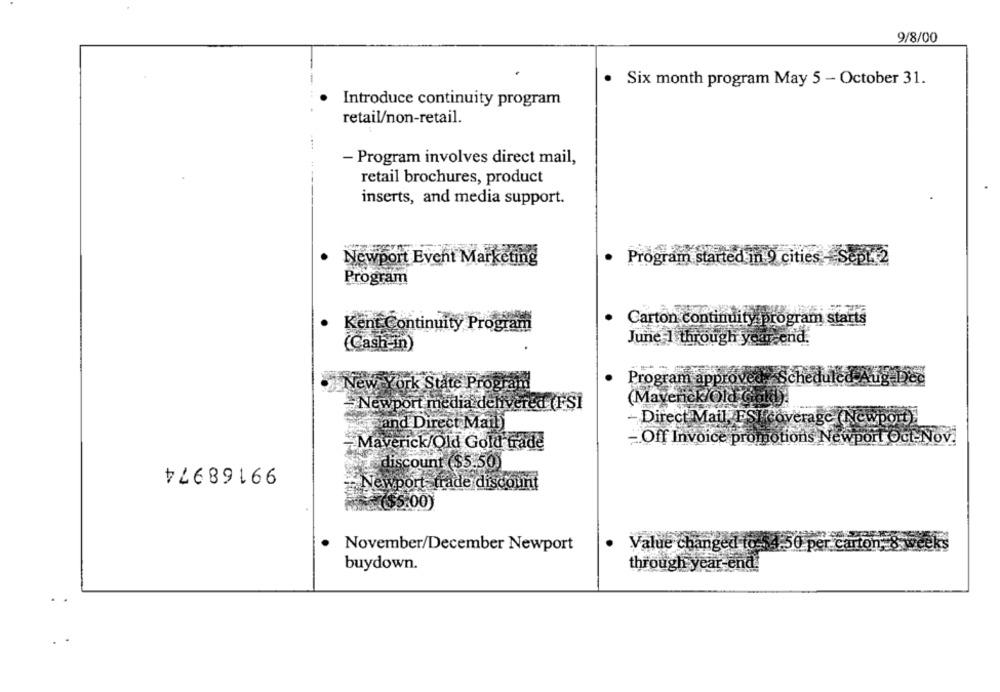
9/8/00
.
Six month program May 5 - October 31.
Introduce continuity program
retail/non-retail.
- Program involves direct mail,
retail brochures, product
inserts, and media support.
Newport Event Marketing
. Program started in 9 cities , Sept.2
Program
Carton continuity program starts
Kent Continuity Program
(Cash-in)
June 1 through your end.
Program approved Scheduled-Aug- Dec
New York State Program
(Maverick/Old Gold)
- Newport media delivered (FSI
- Direct Mail, FSI coverage (Newport):
and Direct Mail)
- Off Invoice promotions Newport Oct-Nov.
-Maverick/Old Gold trade
99168974
discount ($5.50)
Newport trade discount
($5:00)
November/December Newport
Value changed to 54.50 per.c
vecks
buydown.
through year-end.